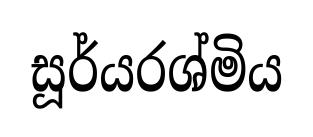
සූර්යරශ්මිය